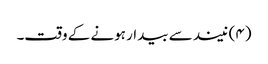
(۴) نیند سے بیدار ہونے کے وقت۔